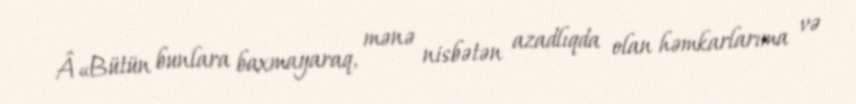
Â«Bütün bunlara baxmayaraq, mənə nisbətən azadlıqda olan həmkarlarıma və